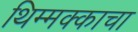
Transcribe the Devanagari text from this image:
थिम्मक्काचा